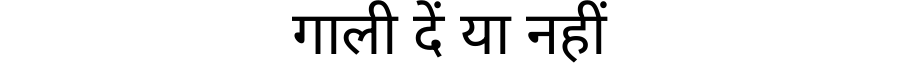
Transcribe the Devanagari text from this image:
गाली दें या नहीं